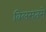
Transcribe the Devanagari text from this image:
विलसतसे